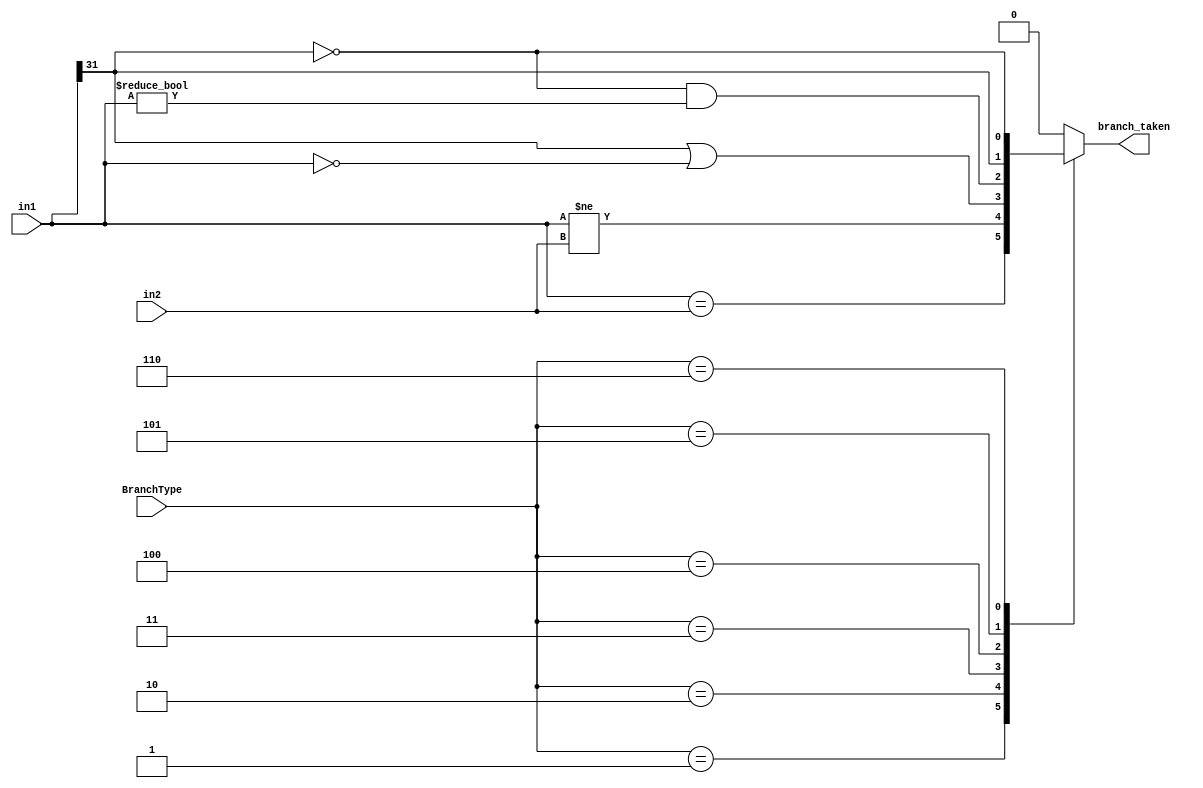
// ./src/BranchResolve.v

module BranchResolve(
        input [3-1:0] BranchType,
        input [32-1:0] in1,
        input [32-1:0] in2,
        output reg branch_taken
    );

    always @(*) begin
        case (BranchType)
            3'h1:
                branch_taken <= (in1 == in2); // beq
            3'h2:
                branch_taken <= (in1 != in2); // bne
            3'h3:
                branch_taken <= (in1[31] == 1 || in1 == 0); // blez
            3'h4:
                branch_taken <= (in1[31] == 0 && in1 != 0); // bgtz
            3'h5:
                branch_taken <= (in1[31] == 1); // bltz
            3'h6:
                branch_taken <= (in1[31] == 0); // bgez
            default:
                branch_taken <= 0;
        endcase
    end

endmodule // BranchResolve